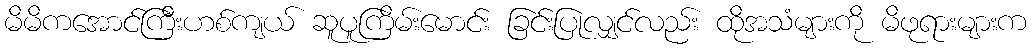
မိမိကအောင်ကြီးဟစ်ကျယ် ဆူပူကြိမ်းမောင်း ခြင်းပြုလျှင်လည်း ထိုအသံများကို မိဖုရားများက